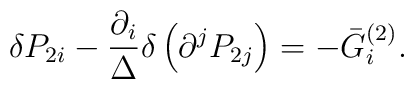
\delta P_{2i}-\frac{\partial _i}\Delta \delta \left( \partial^jP_{2j}\right) =-\bar G_i^{(2)}.